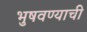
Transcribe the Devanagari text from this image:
भुषवण्याची